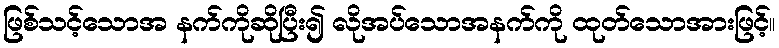
ဖြစ်သင့်သောအ နက်ကိုဆိုပြီး၍ လိုအပ်သောအနက်ကို ထုတ်သောအားဖြင့်။